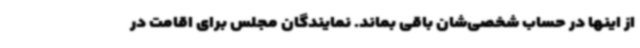
از اینها در حساب شخصی‌شان باقی بماند. نمایندگان مجلس برای اقامت در